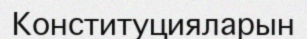
Конституцияларын